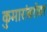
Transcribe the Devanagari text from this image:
कुमारांबरोबर